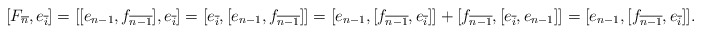
\begin{align*}[F_{\overline{n}}, e_{\overline{i}}] &= [[e_{n-1},f_{\overline{n-1}}],e_{\overline{i}}] = [e_{\overline{i}},[e_{n-1},f_{\overline{n-1}}]] = [e_{n-1}, [f_{\overline{n-1}},e_{\overline{i}}]] + [f_{\overline{n-1}}, [e_{\overline{i}},e_{n-1}]] = [e_{n-1}, [f_{\overline{n-1}},e_{\overline{i}}]].\end{align*}